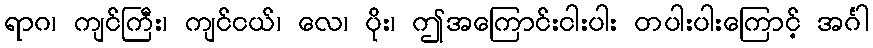
ရာဂ၊ ကျင်ကြီး၊ ကျင်ငယ်၊ လေ၊ ပိုး၊ ဤအကြောင်းငါးပါး တပါးပါးကြောင့် အင်္ဂါ